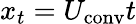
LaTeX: x_{t}=U_{\mathrm{conv}}t